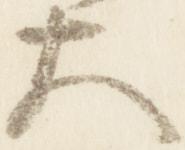
太